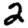
Digit: 2